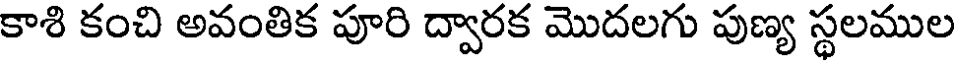
కాశి కంచి అవంతిక పూరి ద్వారక మొదలగు పుణ్య స్థలముల